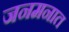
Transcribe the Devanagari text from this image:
जनमनात